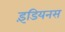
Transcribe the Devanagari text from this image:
इंडियनस